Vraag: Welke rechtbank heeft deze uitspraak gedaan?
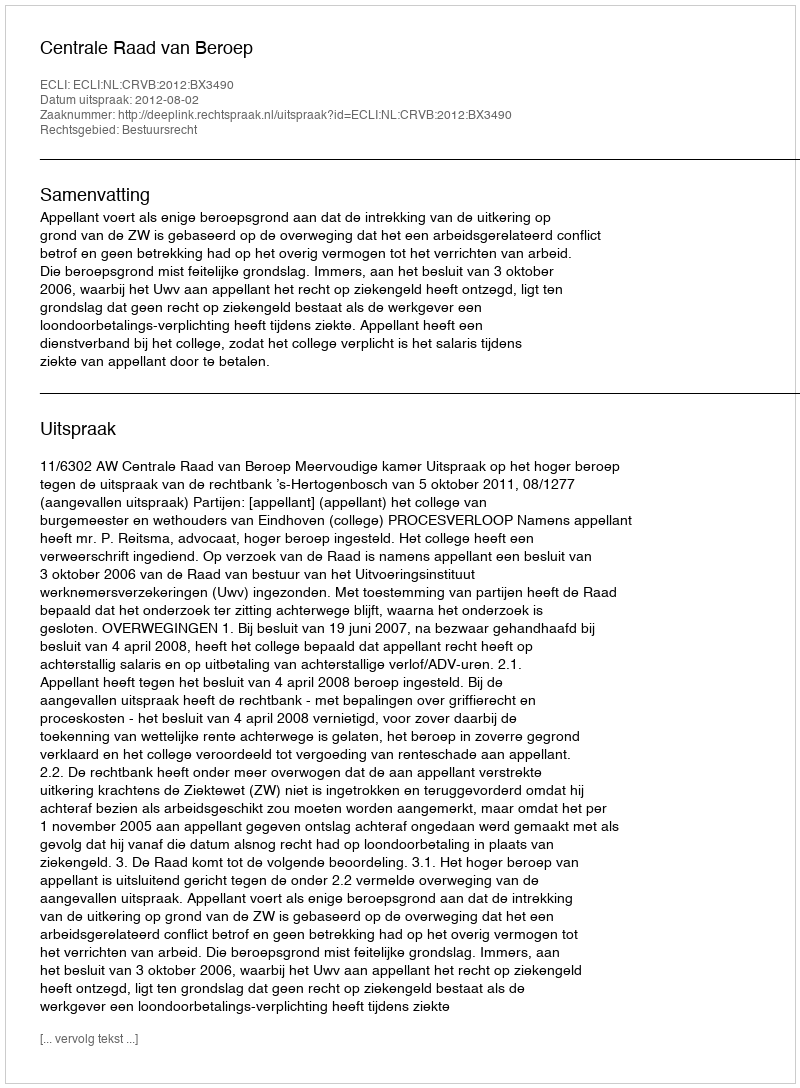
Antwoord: Centrale Raad van Beroep